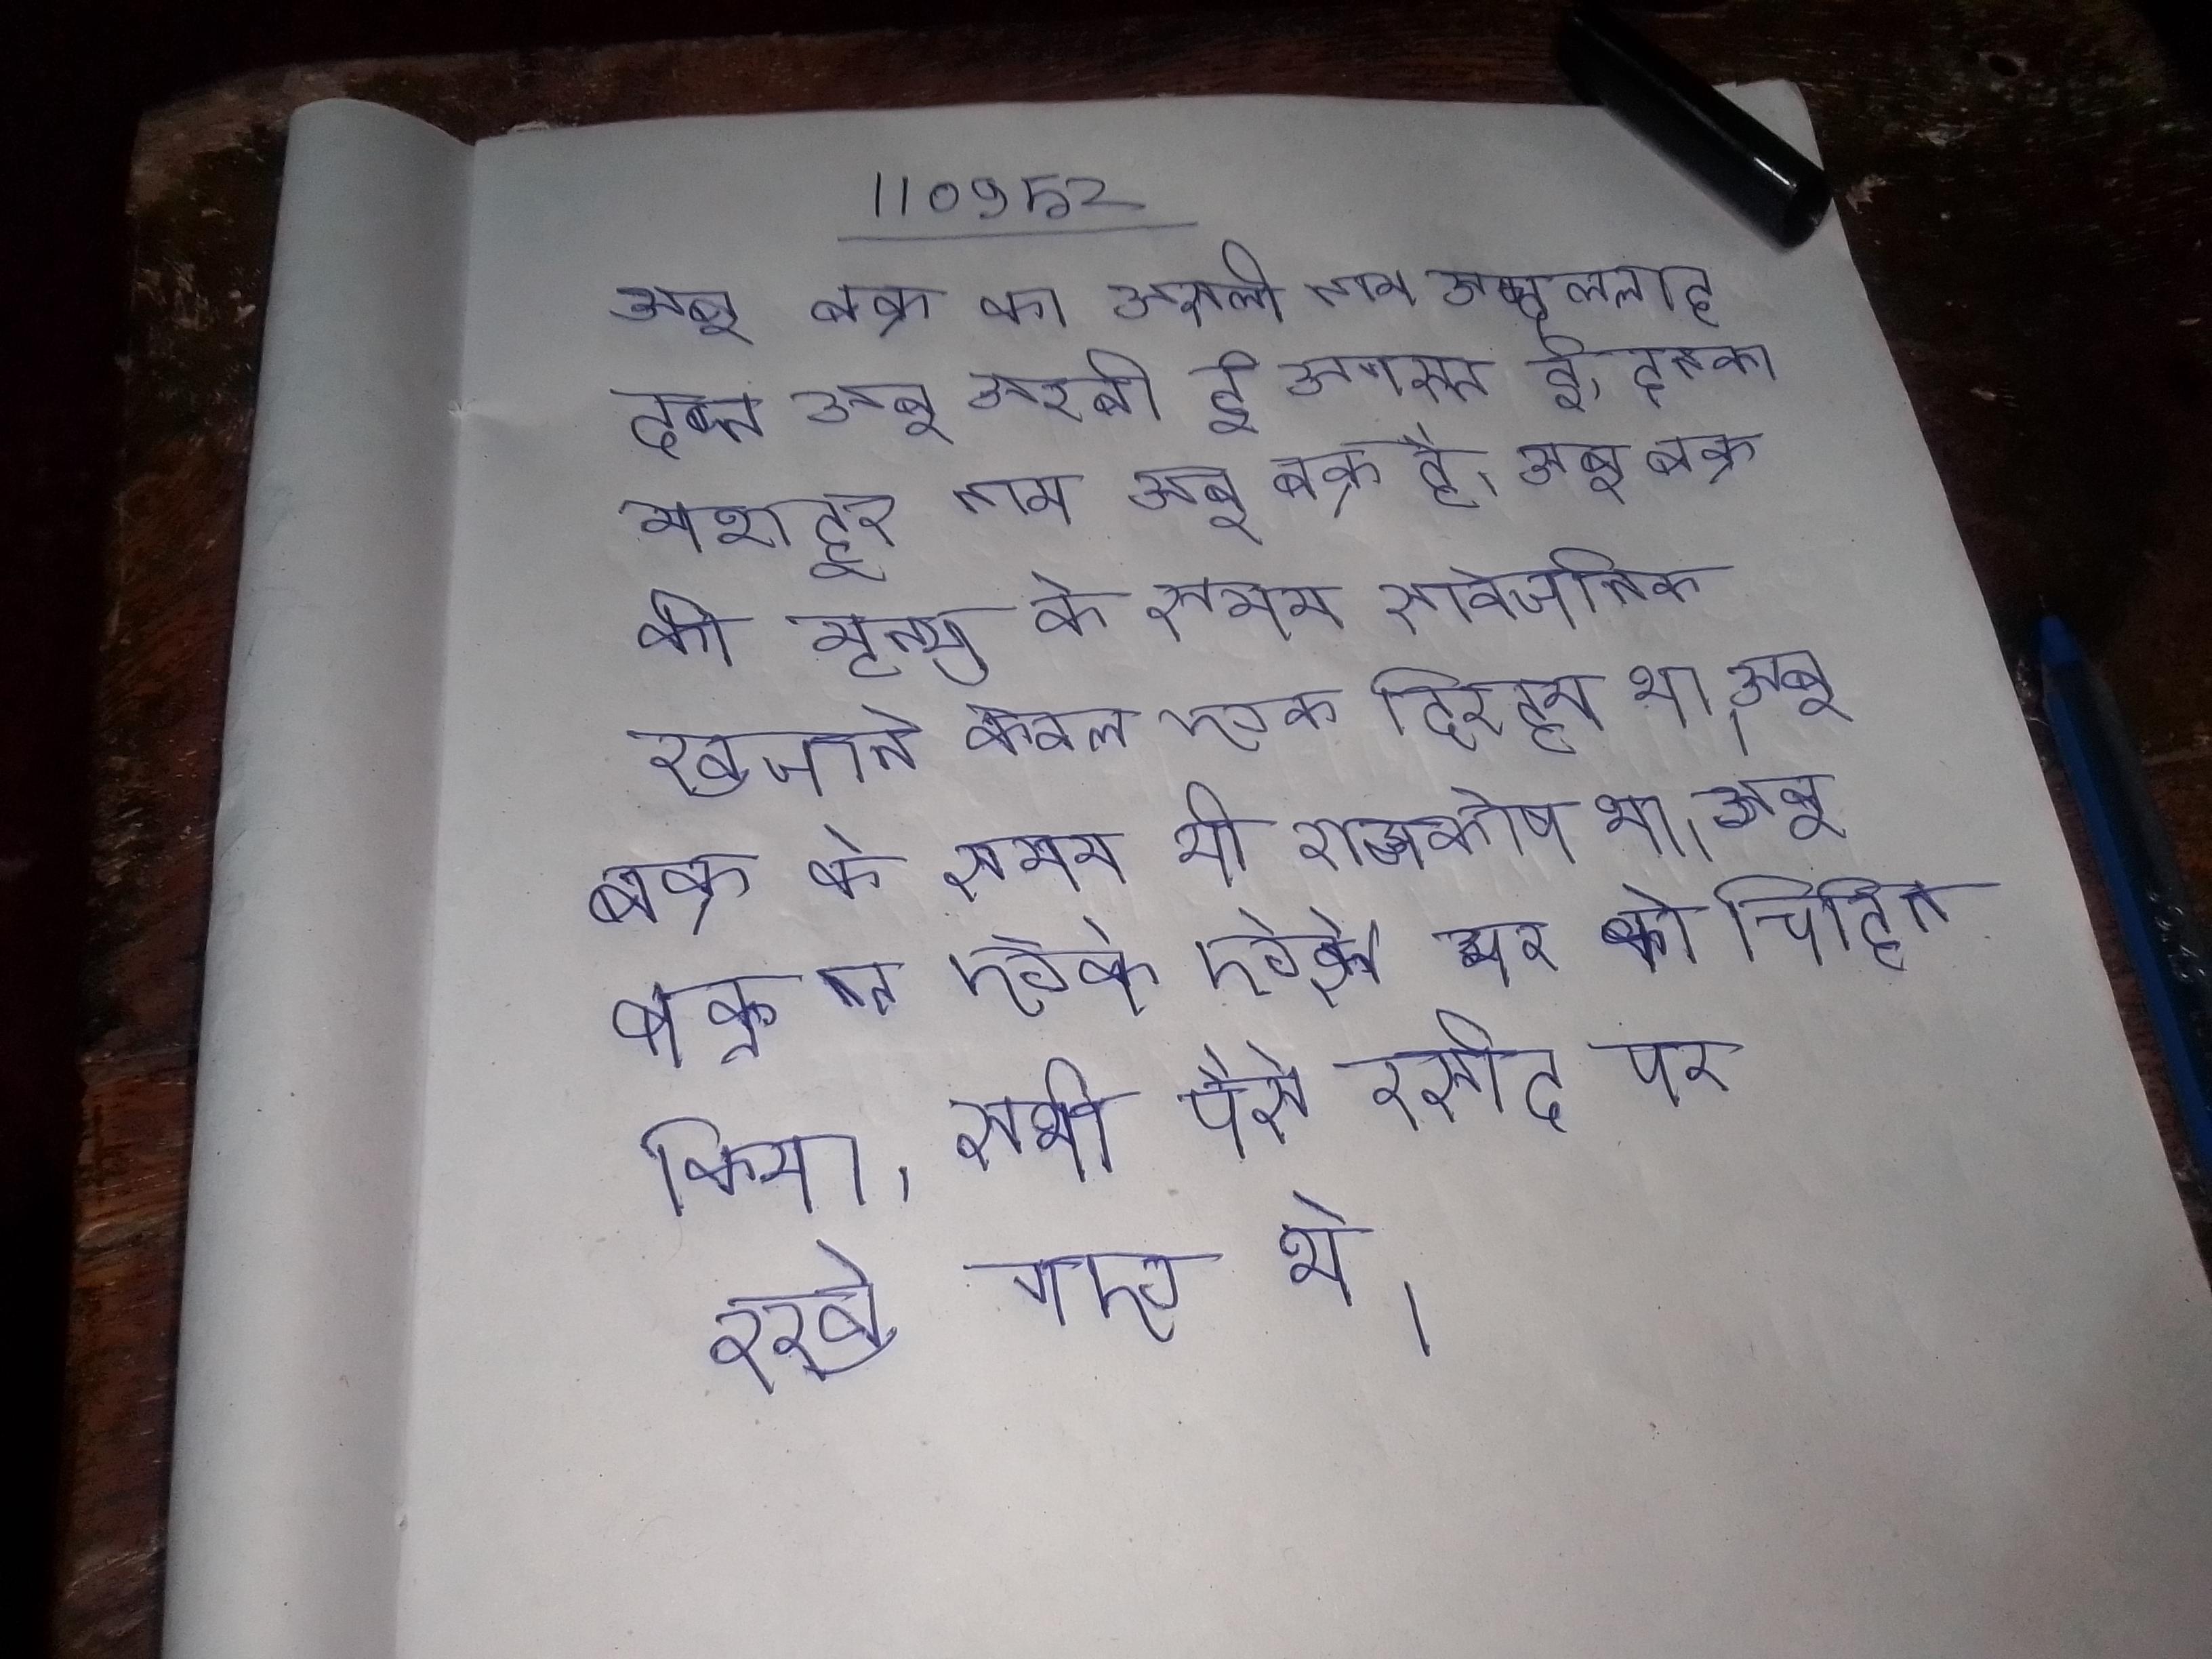
अबू बक्र का असली नाम अब्दुल्लाह इब्न अबू अरबी ई अगस्त ई, इनका मशहूर नाम अबू बक्र है । अबू बक्र की मृत्यु के समय सार्वजनिक खजाने केवल एक दिरहम था । अबू बक्र के समय भी राजकोष था । अबू बक्र ने एक ऐसे घर को चिह्नित किया, सभी पैसे रसीद पर रखे गए थे ।